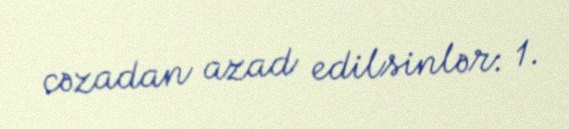
cəzadan azad edilsinlər: 1.